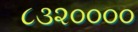
૮૩૨૦૦૦૦